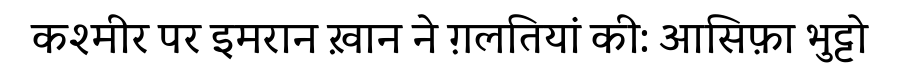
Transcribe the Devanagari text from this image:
कश्मीर पर इमरान ख़ान ने ग़लतियां की: आसिफ़ा भुट्टो